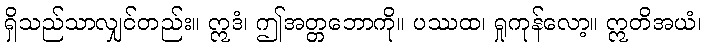
ရှိသည်သာလျှင်တည်း။ ဣဒံ၊ ဤအတ္တဘောကို။ ပဿထ၊ ရှုကုန်လော့။ ဣတိအယံ၊